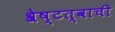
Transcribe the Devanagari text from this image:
श्रेष्टत्वाची